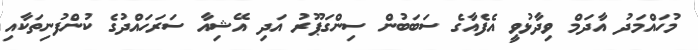
މުހައްމަދު އާދަމް ވިދާޅުވީ އެފެއާގެ ސަބަބުން ސިންގަޕޫރު އަދި އޭޝިއާ ސަރަހައްދުގެ ކުންފުނިތަކާއި